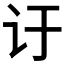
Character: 𬣙